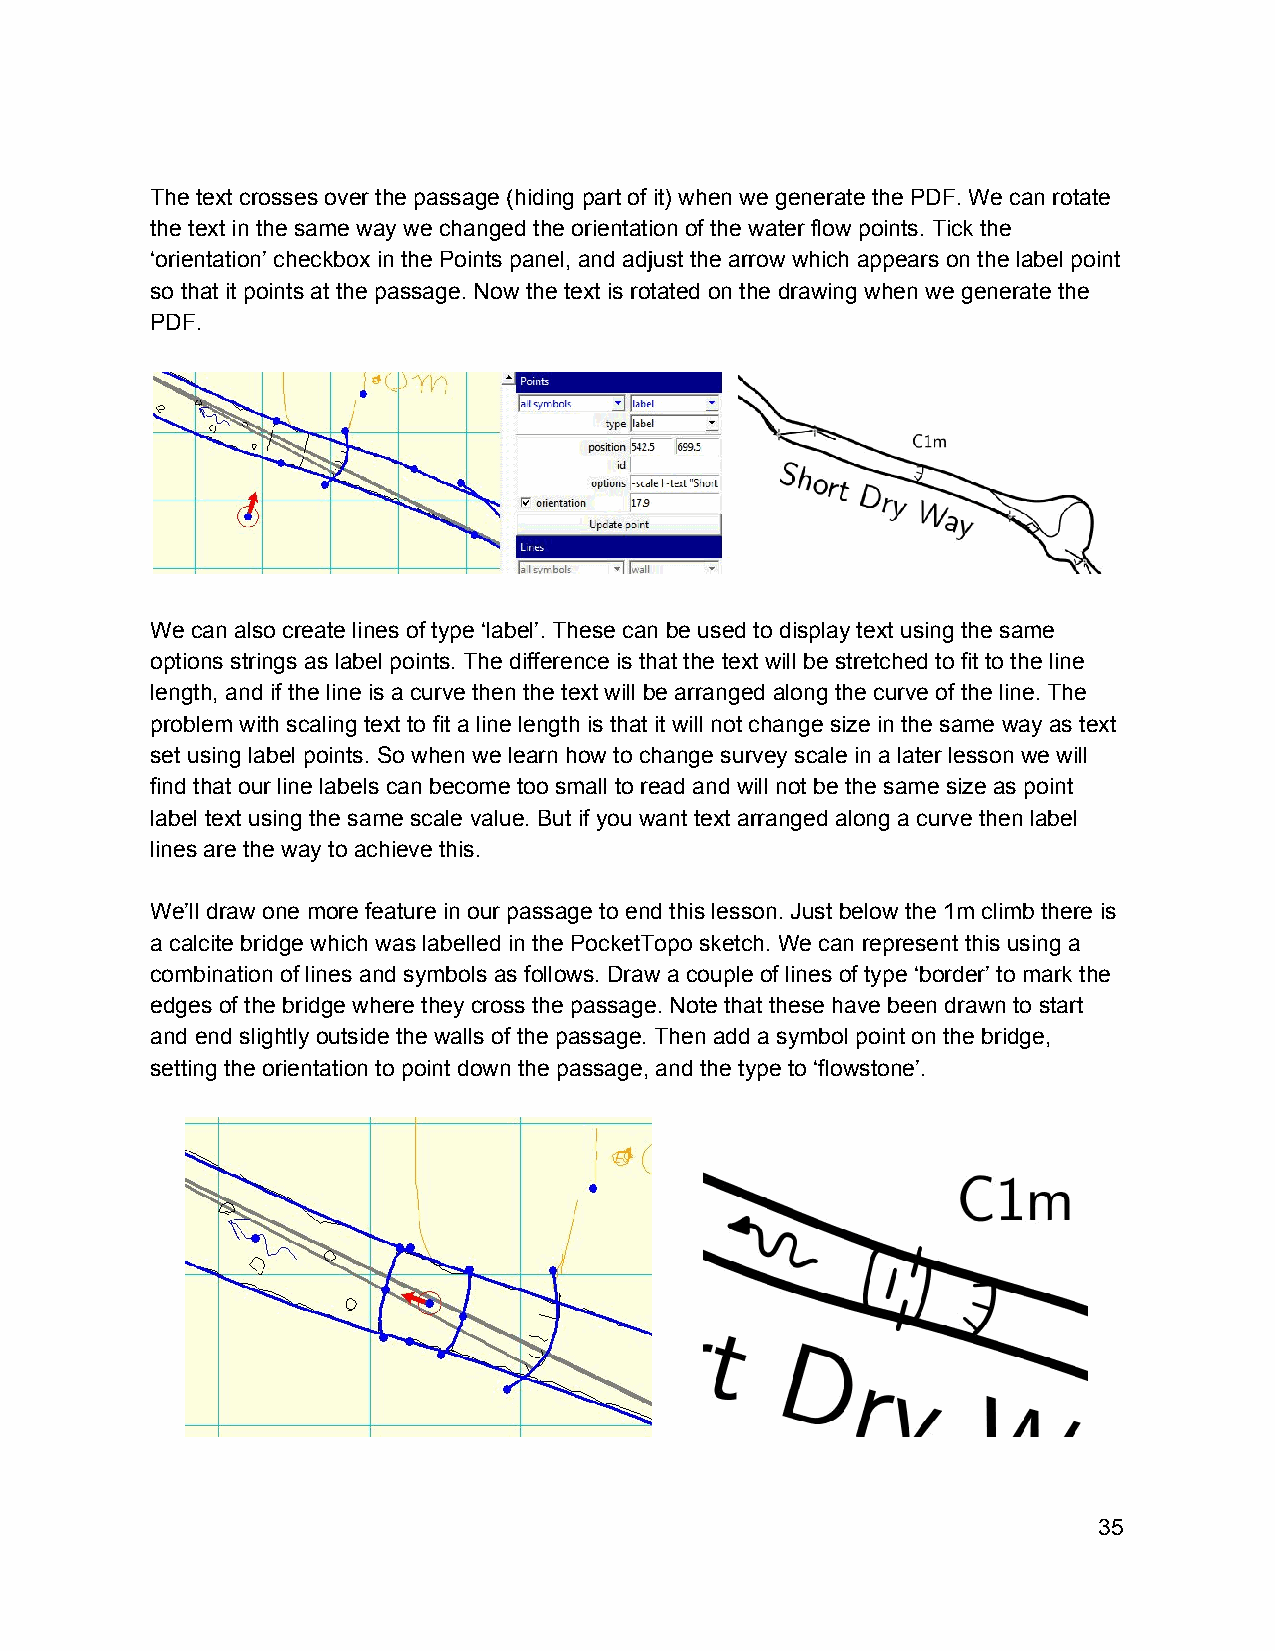
The text crosses over the passage (hiding part of it) when we generate the PDF. We can rotate
 the text in the same way we changed the orientation of the water flow points. Tick the
 ‘orientation’ checkbox in the Points panel, and adjust the arrow which appears on the label point
 so that it points at the passage. Now the text is rotated on the drawing when we generate the
 PDF.
 We can also create lines of type ‘label’. These can be used to display text using the same
 options strings as label points. The difference is that the text will be stretched to fit to the line
 length, and if the line is a curve then the text will be arranged along the curve of the line. The
 problem with scaling text to fit a line length is that it will not change size in the same way as text
 set using label points. So when we learn how to change survey scale in a later lesson we will
 find that our line labels can become too small to read and will not be the same size as point
 label text using the same scale value. But if you want text arranged along a curve then label
 lines are the way to achieve this.
 We’ll draw one more feature in our passage to end this lesson. Just below the 1m climb there is
 a calcite bridge which was labelled in the PocketTopo sketch. We can represent this using a
 combination of lines and symbols as follows. Draw a couple of lines of type ‘border’ to mark the
 edges of the bridge where they cross the passage. Note that these have been drawn to start
 and end slightly outside the walls of the passage. Then add a symbol point on the bridge,
 setting the orientation to point down the passage, and the type to ‘flowstone’.
 35